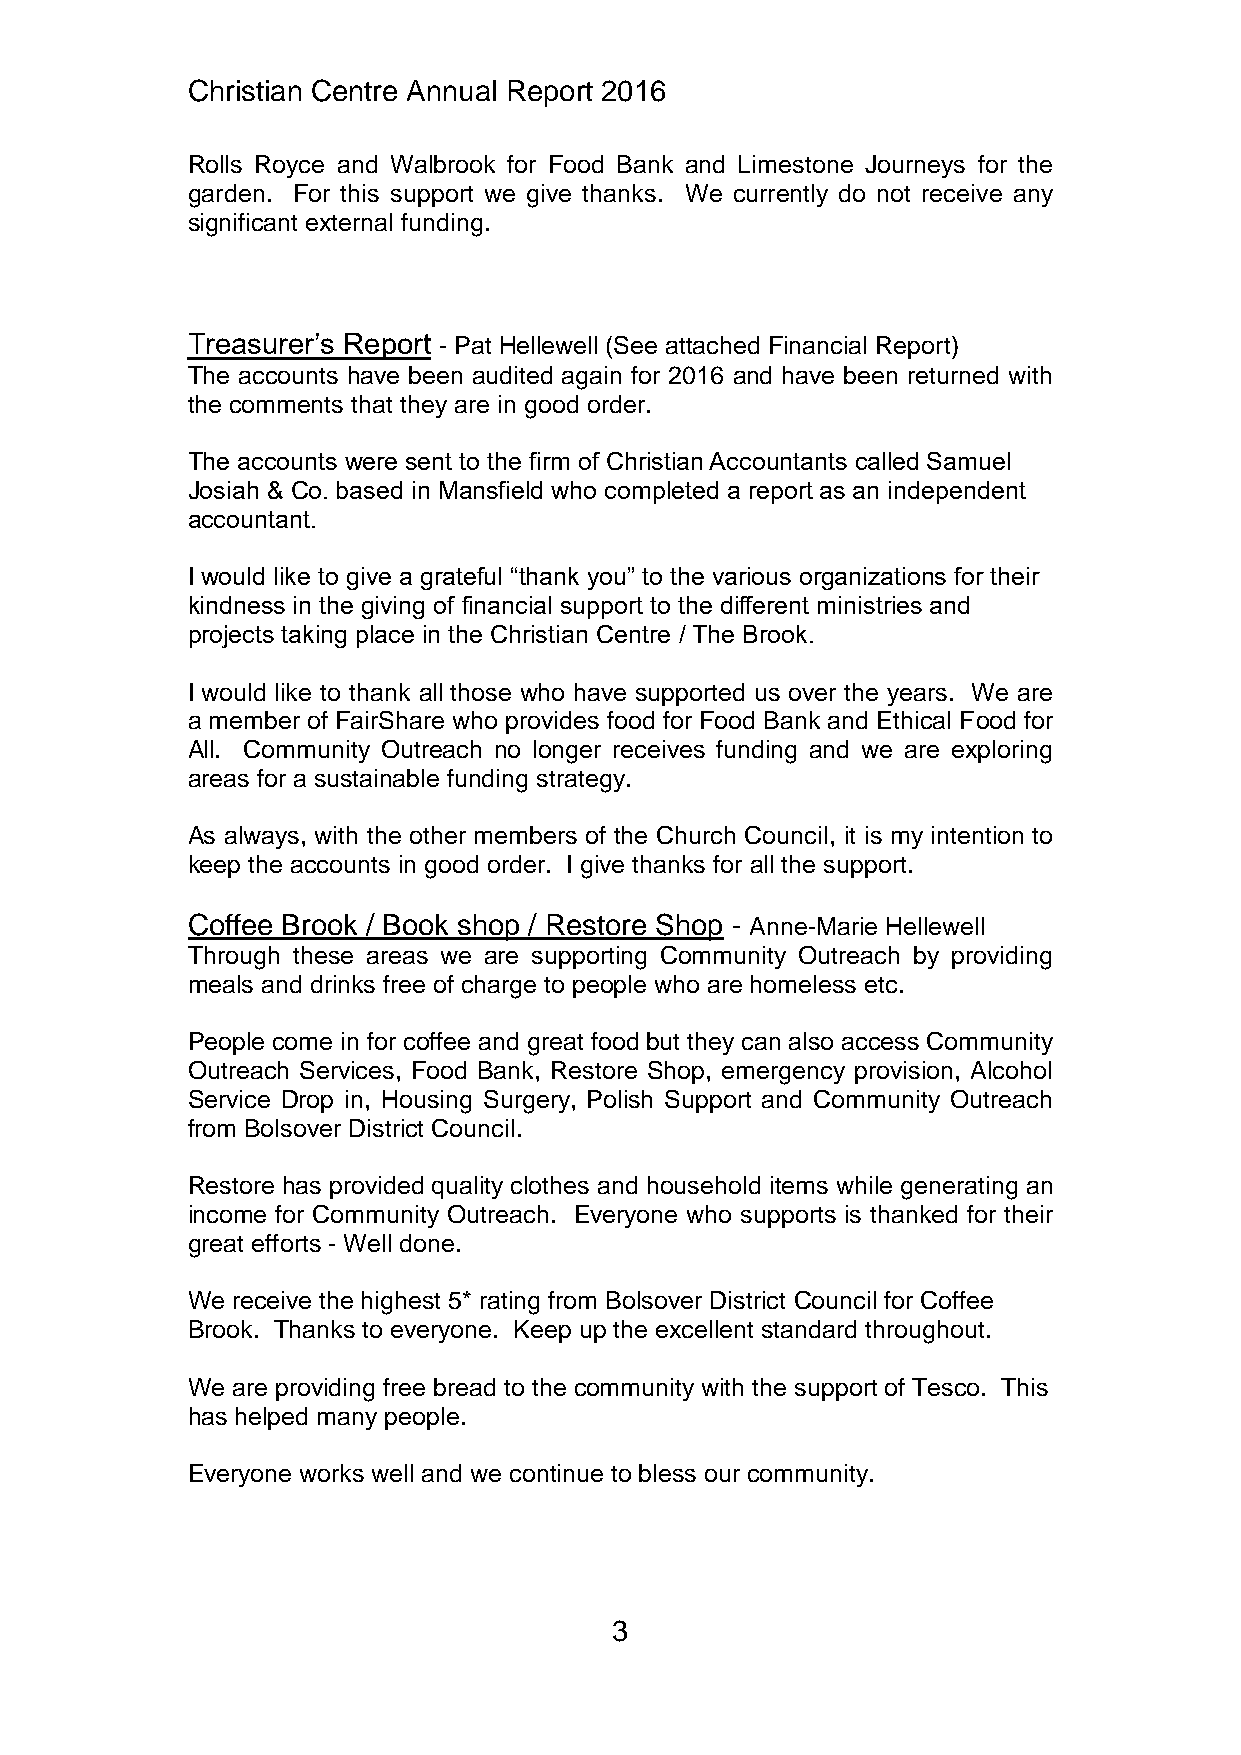
Christian Centre Annual Report 2016
 Rolls Royce and Walbrook for Food Bank and Limestone Journeys for the
 garden. For this support we give thanks. We currently do not receive any
 significant external funding.
 Treasurer’s Report - Pat Hellewell (See attached Financial Report)
 The accounts have been audited again for 2016 and have been returned with
 the comments that they are in good order.
 The accounts were sent to the firm of Christian Accountants called Samuel
 Josiah & Co. based in Mansfield who completed a report as an independent
 accountant.
 I would like to give a grateful “thank you” to the various organizations for their
 kindness in the giving of financial support to the different ministries and
 projects taking place in the Christian Centre / The Brook.
 I would like to thank all those who have supported us over the years. We are
 a member of FairShare who provides food for Food Bank and Ethical Food for
 All. Community Outreach no longer receives funding and we are exploring
 areas for a sustainable funding strategy.
 As always, with the other members of the Church Council, it is my intention to
 keep the accounts in good order. I give thanks for all the support.
 Coffee Brook / Book shop / Restore Shop - Anne-Marie Hellewell
 Through these areas we are supporting Community Outreach by providing
 meals and drinks free of charge to people who are homeless etc.
 People come in for coffee and great food but they can also access Community
 Outreach Services, Food Bank, Restore Shop, emergency provision, Alcohol
 Service Drop in, Housing Surgery, Polish Support and Community Outreach
 from Bolsover District Council.
 Restore has provided quality clothes and household items while generating an
 income for Community Outreach. Everyone who supports is thanked for their
 great efforts - Well done.
 We receive the highest 5* rating from Bolsover District Council for Coffee
 Brook. Thanks to everyone. Keep up the excellent standard throughout.
 We are providing free bread to the community with the support of Tesco. This
 has helped many people.
 Everyone works well and we continue to bless our community.
 3